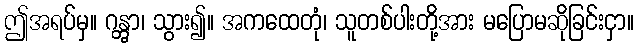
ဤအရပ်မှ။ ဂန္တွာ၊ သွား၍။ အကထေတုံ၊ သူတစ်ပါးတို့အား မပြောမဆိုခြင်းငှာ။